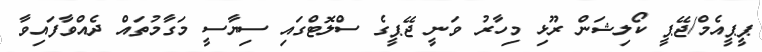
ޕީޕީއެމް/ޖޭޕީ ކޯލިޝަން ރޫޅި މިހާރު ވަނީ ޖޭޕީގެ ސްލޮޓްގައި ސިޔާސީ މަގާމުތައް ދެއްވާފައިވާ